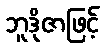
ဘူဒိုဇာဖြင့်